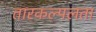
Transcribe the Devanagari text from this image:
तारकल्पलता